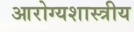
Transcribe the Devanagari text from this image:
आरोग्यशास्त्रीय